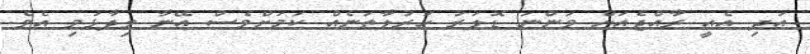
އަދި އެއީ ރާއްޖެއަށް ވަންނަ ޑޮލަރު ހަރުލާތަނެއް ކަމަށްވެސް އޭނާ ވިދާޅުވި އެވެ.